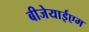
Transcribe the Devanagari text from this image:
बीजेयाईएम